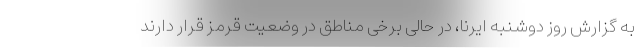
به گزارش روز دوشنبه ایرنا، در حالی برخی مناطق در وضعیت قرمز قرار دارند